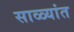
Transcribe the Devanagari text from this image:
साळ्यांत